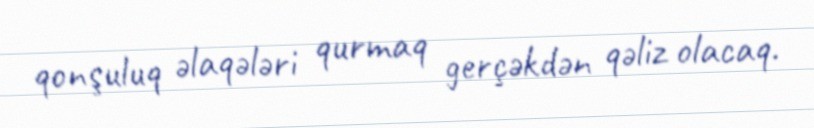
qonşuluq əlaqələri qurmaq gerçəkdən qəliz olacaq.